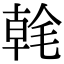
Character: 㲦